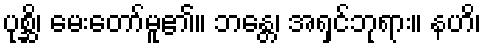
ပုစ္ဆိ၊ မေးတော်မူ၏။ ဘန္တေ၊ အရှင်ဘုရား။ နဟိ၊